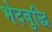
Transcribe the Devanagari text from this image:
भेदबुद्धि